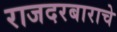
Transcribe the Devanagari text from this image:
राजदरबाराचे